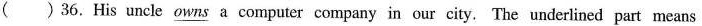
( )36.His uncle \underline{owns} a computer company in our city. The underlined part means